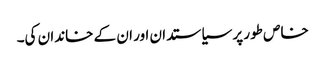
خاص طور پر سیاستدان اور ان کے خاندان کی۔